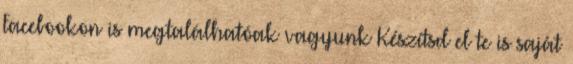
Facebookon is megtalálhatóak vagyunk Készítsd el te is saját